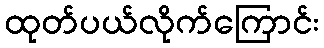
ထုတ်ပယ်လိုက်ကြောင်း